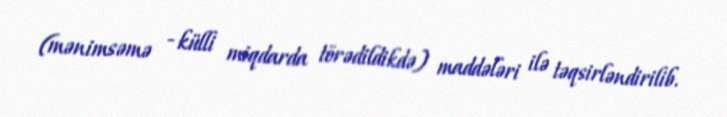
(mənimsəmə - külli miqdarda törədildikdə) maddələri ilə təqsirləndirilib.